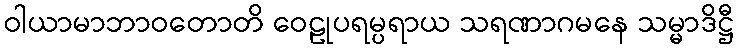
ဝါယာမာဘာဝတောတိ ဝေဠုပရမ္ပရာယ သရဏာဂမနေ သမ္မာဒိဋ္ဌီ